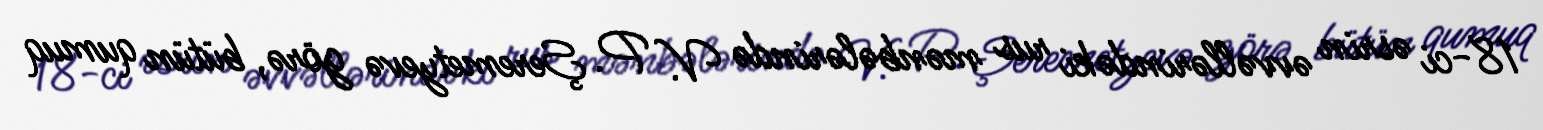
18-ci əsrin əvvəllərindəki rus mənbələrində V. P. Şeremetyevə görə, bütün qumuq